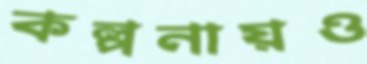
কল্পনায়ও